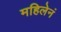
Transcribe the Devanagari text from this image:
महिलेनं